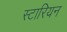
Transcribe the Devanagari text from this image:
स्टारियन